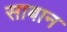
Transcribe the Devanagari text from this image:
साबान